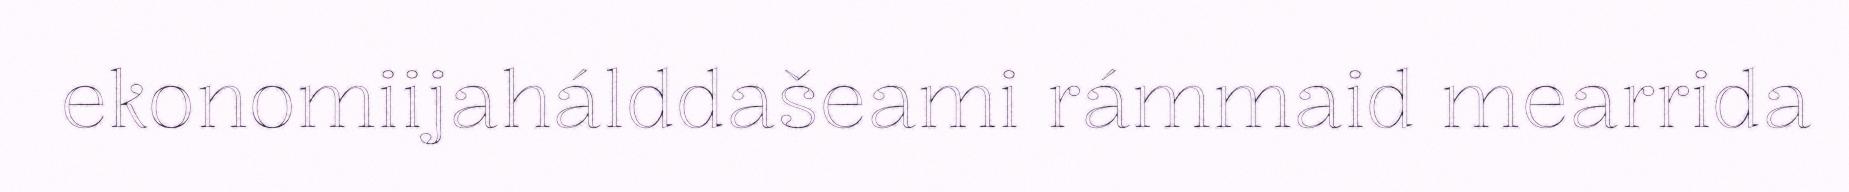
ekonomiijahálddašeami rámmaid mearrida